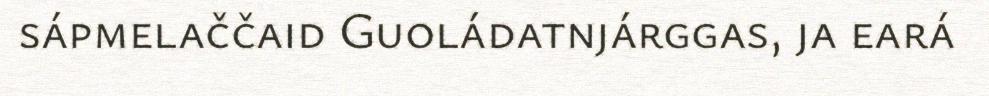
sápmelaččaid Guoládatnjárggas, ja eará